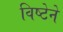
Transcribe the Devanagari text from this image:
विष्टेने